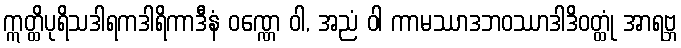
ဣတ္ထိပုရိသဒါရကဒါရိကာဒီနံ ဝဏ္ဏေ ဝါ, အညံ ဝါ ကာမဿာဒဘဝဿာဒါဒိဝတ္ထုံ အာရဗ္ဘ